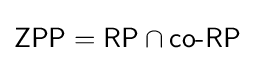
{\textsf {ZPP}}={\textsf {RP}}\cap {\textsf {co-RP}}